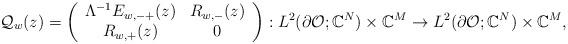
LaTeX: \begin{align*}\mathcal{Q}_w(z)=\left( \begin{array}{cc} \Lambda^{-1}E_{w,-+}(z) & R_{w,-}(z) \\ R_{w,+}(z) & 0 \\ \end{array} \right): L^2(\partial\mathcal{O};\mathbb{C}^N)\times\mathbb{C}^M \to L^2(\partial\mathcal{O};\mathbb{C}^N)\times\mathbb{C}^M,\end{align*}